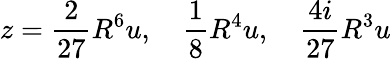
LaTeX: z=\frac{2}{27}R^{6}u,\quad\frac{1}{8}R^{4}u,\quad\frac{4i}{27}R^{3}u